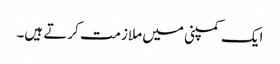
ایک کمپنی میں ملازمت کرتے ہیں۔